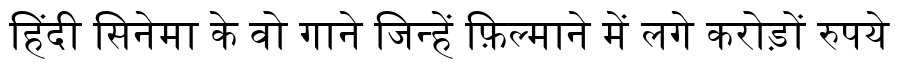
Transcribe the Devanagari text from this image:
हिंदी सिनेमा के वो गाने जिन्हें फ़िल्माने में लगे करोड़ों रुपये